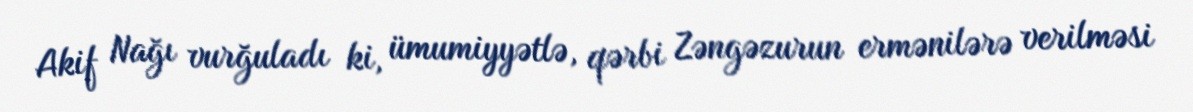
Akif Nağı vurğuladı ki, ümumiyyətlə, qərbi Zəngəzurun ermənilərə verilməsi